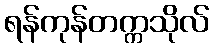
ရန်ကုန်တက္ကသိုလ်